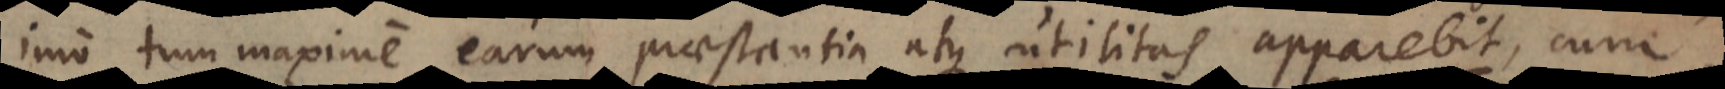
imo tum maxime earum praestantia atque utilitas apparebit, cum